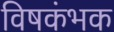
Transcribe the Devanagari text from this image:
विषकंभक